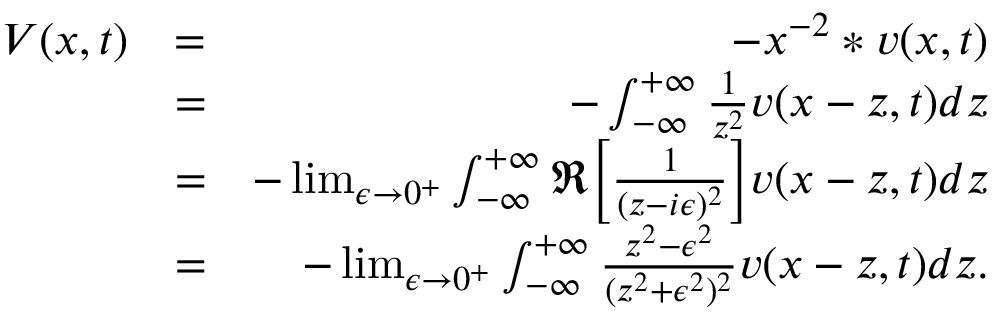
\begin{array} { r l r } { V ( x , t ) } & { = } & { - x ^ { - 2 } * v ( x , t ) } \\ & { = } & { - \int _ { - \infty } ^ { + \infty } \frac { 1 } { z ^ { 2 } } v ( x - z , t ) d z } \\ & { = } & { - \operatorname* { l i m } _ { \epsilon \to 0 ^ { + } } \int _ { - \infty } ^ { + \infty } \Re \Big [ \frac { 1 } { ( z - i \epsilon ) ^ { 2 } } \Big ] v ( x - z , t ) d z } \\ & { = } & { - \operatorname* { l i m } _ { \epsilon \to 0 ^ { + } } \int _ { - \infty } ^ { + \infty } \frac { z ^ { 2 } - \epsilon ^ { 2 } } { ( z ^ { 2 } + \epsilon ^ { 2 } ) ^ { 2 } } v ( x - z , t ) d z . } \end{array}